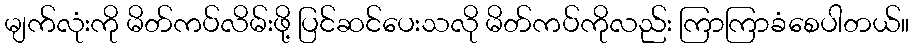
မျက်လုံးကို မိတ်ကပ်လိမ်းဖို့ ပြင်ဆင်ပေးသလို မိတ်ကပ်ကိုလည်း ကြာကြာခံစေပါတယ်။